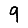
Digit: 9